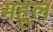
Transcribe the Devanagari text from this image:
महूल